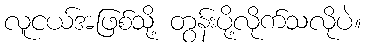
လူငယ်အဖြစ်သို့ တွန်းပို့လိုက်သလိုပဲ။